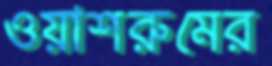
ওয়াশরুমের